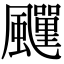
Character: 𩙎